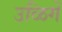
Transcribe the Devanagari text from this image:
उळिगें